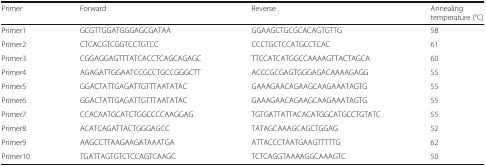
| Primer | Forward | Reverse | Annealing temperature (°C) |
 | --- | --- | --- | --- |
 | Primer1 | GCGTTGGATGGGAGCGATAA | GGAAGCTGCGCACAGTGTTG | 58 |
 | Primer2 | CTCACGTCGGTCCTGTCC | CCCTGCTCCATGCCTCAC | 61 |
 | Primer3 | CGGAGGAGTTTATCACCTCAGCAGAGC | TTCCATCATGGCCAAAAGTTACTAGCA | 60 |
 | Primer4 | AGAGATTGGAATCCGCCTGCCGGGCTT | ACCCGCGAGTGGGAGACAAAAGAGG | 55 |
 | Primer5 | GGACTATTGAGATTGTTTAATATAC | GAAAGAACAGAAGCAAGAAATAGTG | 55 |
 | Primer6 | GGACTATTGAGATTGTTTAATATAC | GAAAGAACAGAAGCAAGAAATAGTG | 55 |
 | Primer7 | CCACAATGCATCTGGCCCCAAGGAG | TGTGATTATTACACATGGCATGCCTGTATC | 55 |
 | Primer8 | ACATCAGATTACTGGGAGCC | TATAGCAAAGCAGCTGGAG | 52 |
 | Primer9 | AAGCCTTAAGAAGATAAATGA | ATTACCCTAATGAAGTTTTTG | 62 |
 | Primer10 | TGATTAGTGTCTCCAGTCAAGC | TCTCAGGTAAAAGGCAAAGTC | 50 |